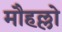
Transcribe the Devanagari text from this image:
मौहल्लो